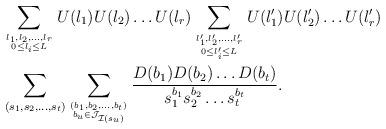
LaTeX: \begin{align*}&\sum_{l_1,l_2,\dots, l_r \atop {0 \leq l_i \leq L}}U(l_1)U(l_2)\dots U(l_r) \sum_{l_1',l_2',\dots, l_r' \atop {0 \leq l_i' \leq L}}U(l_1')U(l_2')\dots U(l_r')\\&\sum_{(s_1,s_2,\dots ,s_{t})}\sum_{(b_1,b_2,\dots,b_{t}) \atop {b_u \in \mathcal J_{\mathcal I(s_u)}}}\frac{D(b_1)D(b_2)\dots D(b_{t})}{s_1^{b_1}s_2^{b_2}\dots s_{t}^{b_{t}}}.\end{align*}